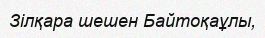
Зілқара шешен Байтоқаұлы,